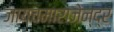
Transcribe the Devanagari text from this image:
जायचमाराजेन्द्र